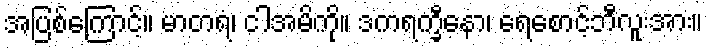
အပြစ်ကြောင့်။ မာတရံ၊ ငါအမိကို။ ဒကရက္ခီနော၊ ရေစောင့်ဘီလူးအား။